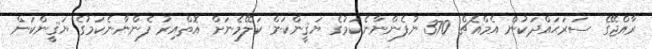
ރާއްޖޭގެ ސަރަޙައްދަކުން އެމްއެޗް 370 ނުފެންނާނެކަމުގެ ޔަޤީންކަން ކަލޭމެނަށް އޮތްއިރު ފެންނާނެކަމުގެ ޔަޤީންކަން